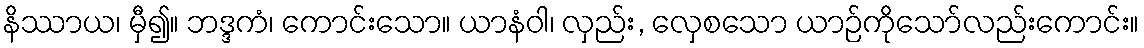
နိဿာယ၊ မှီ၍။ ဘဒ္ဒကံ၊ ကောင်းသော။ ယာနံဝါ၊ လှည်း, လှေစသော ယာဉ်ကိုသော်လည်းကောင်း။